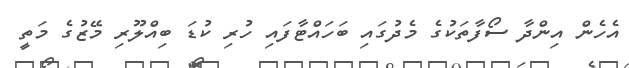
އެހެން އިންދާ ސޯފާތަކުގެ މެދުގައި ބަހައްޓާފައި ހުރި ކުޑަ ބިއްލޫރި މޭޒުގެ މަތީ